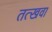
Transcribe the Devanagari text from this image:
तत्खवा